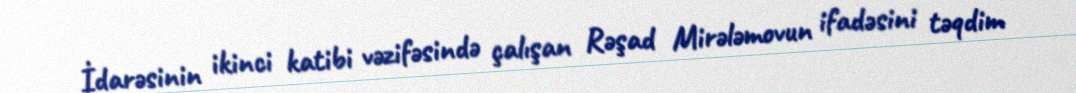
İdarəsinin ikinci katibi vəzifəsində çalışan Rəşad Mirələmovun ifadəsini təqdim